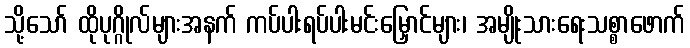
သို့သော် ထိုပုဂ္ဂိုလ်များအနက် ကပ်ပါးရပ်ပါးမင်းမြှောင်များ၊ အမျိုးသားရေးသစ္စာဖောက်